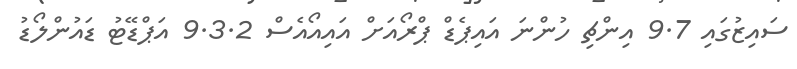
ސައިޒުގައި 9.7 އިންޗި ހުންނަ އައިޕެޑް ޕްރޯއަށް އައިއޯއެސް 9.3.2 އަޕްޑޭޓު ޑައުންލޯޑު